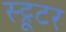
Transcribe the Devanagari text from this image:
स्ट्रूटर